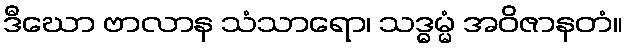
ဒီဃော ဗာလာန သံသာရော၊ သဒ္ဓမ္မံ အဝိဇာနတံ။